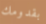
بقدومك